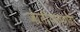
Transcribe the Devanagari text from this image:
जातीयतावादी